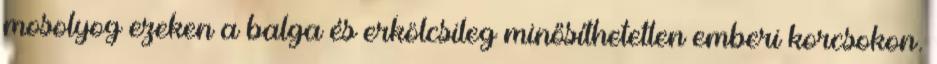
mosolyog ezeken a balga és erkölcsileg minősíthetetlen emberi korcsokon.